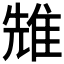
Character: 𨾷